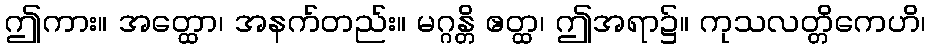
ဤကား။ အတ္ထော၊ အနက်တည်း။ မဂ္ဂန္တိ ဧတ္ထ၊ ဤအရာ၌။ ကုသလတ္တိကေဟိ၊